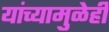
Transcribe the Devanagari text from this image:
यांच्यामुळेही